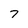
Character: 7